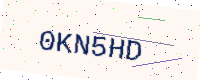
Text: 0KN5HD